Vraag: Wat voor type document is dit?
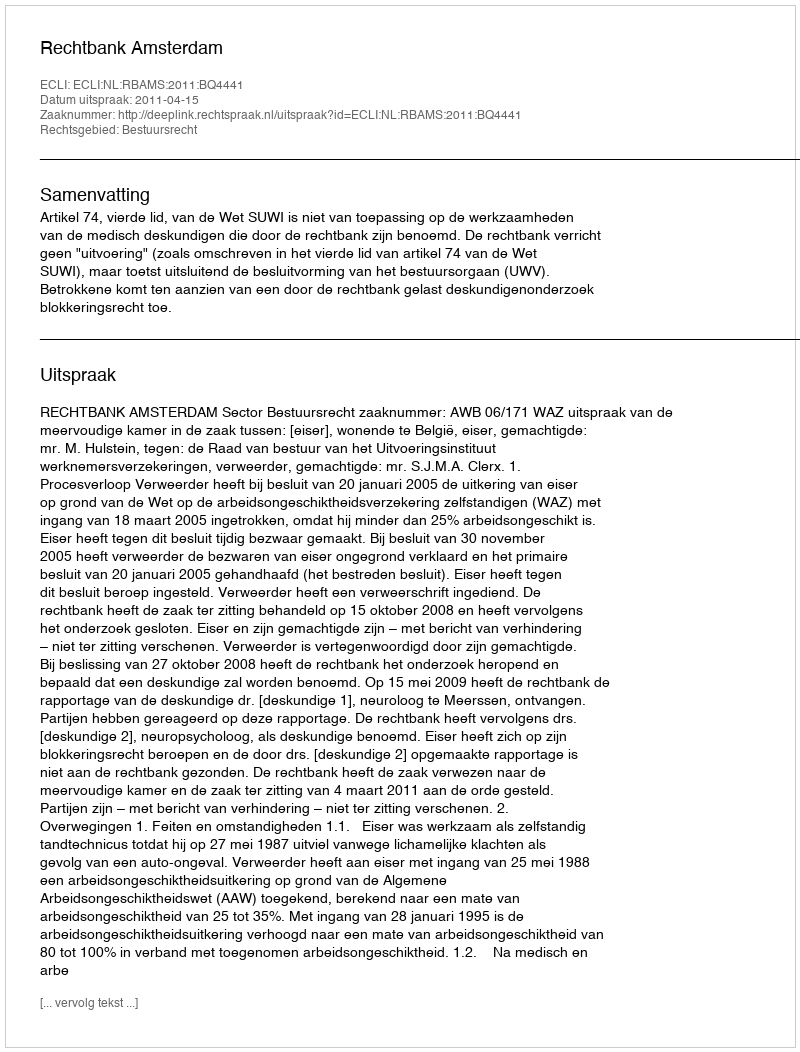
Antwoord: Uitspraak